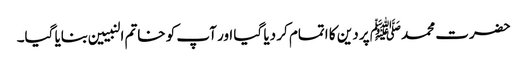
حضرت محمدﷺ پر دین کا اتمام کر دیا گیا اور آپ کو خاتم النبیین بنایا گیا۔